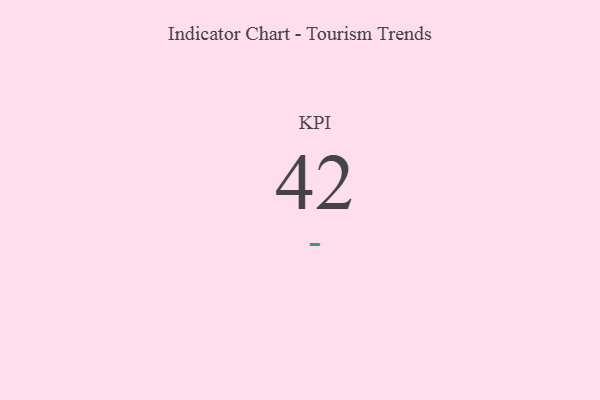
{"axis": {"x": "KPI", "y": "Value"}, "legend": [""], "data": [{"x": "KPI", "y": 42, "type": ""}]}